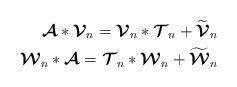
LaTeX: \begin{align*}\boldsymbol{\mathcal{A}}*\boldsymbol{\mathcal{V}}_n=\boldsymbol{\mathcal{V}}_n*\boldsymbol{\mathcal{T}}_n+ \widetilde{\boldsymbol{\mathcal{V}}}_n \\\boldsymbol{\mathcal{W}}_n*\boldsymbol{\mathcal{A}}=\boldsymbol{\mathcal{T}}_n*\boldsymbol{\mathcal{W}}_n+\widetilde{\boldsymbol{\mathcal{W}}}_n \end{align*}